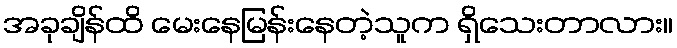
အခုချိန်ထိ မေးနေမြန်းနေတဲ့သူက ရှိသေးတာလား။